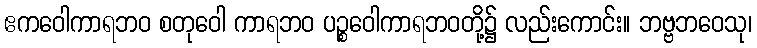
ဧကဝေါကာရဘဝ စတုဝေါ ကာရဘဝ ပဉ္စဝေါကာရဘဝတို့၌ လည်းကောင်း။ ဘဗ္ဗဘဝေသု၊